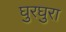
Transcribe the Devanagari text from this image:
घुरघुरा